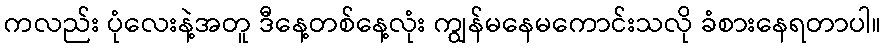
ကလည်း ပုံလေးနဲ့အတူ ဒီနေ့တစ်နေ့လုံး ကျွန်မနေမကောင်းသလို ခံစားနေရတာပါ။